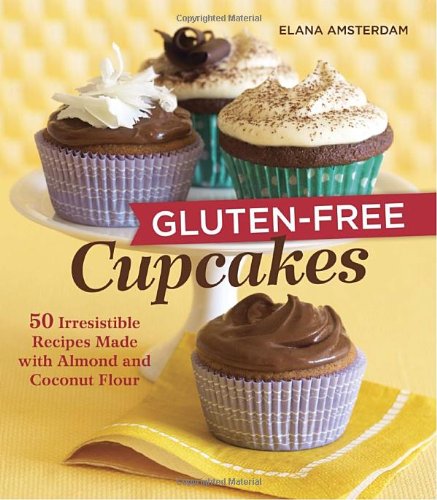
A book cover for Gluten-Free Cupcakes: 50 Irresistible Recipes Made with Almond and Coconut Flour; Elana Amsterdam; Cookbooks, Food & Wine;